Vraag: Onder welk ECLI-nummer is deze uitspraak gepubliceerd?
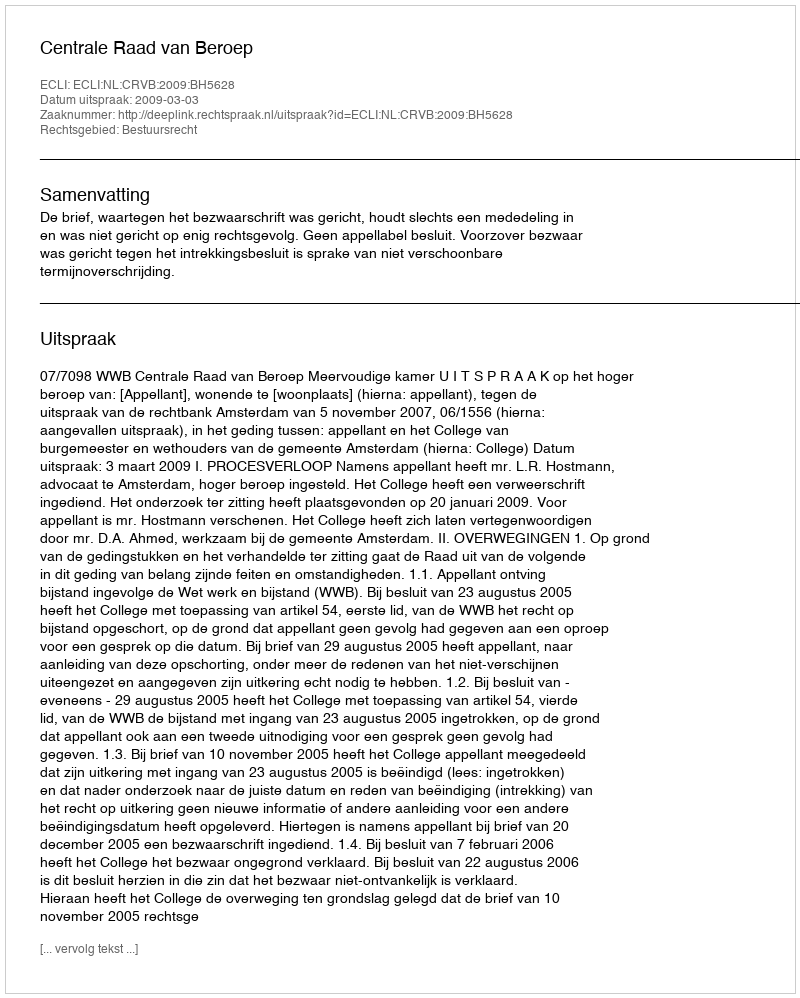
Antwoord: ECLI:NL:CRVB:2009:BH5628